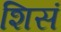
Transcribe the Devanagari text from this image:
शिसं